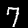
Label: 7